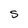
Character: S